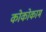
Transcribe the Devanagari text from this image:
कोकोकाम